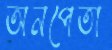
অনপেতা